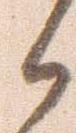
か